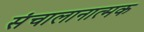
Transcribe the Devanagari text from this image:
संचालानात्मक